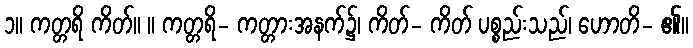
၁။ ကတ္တရိ ကိတ်။ ။ ကတ္တရိ- ကတ္တားအနက်၌၊ ကိတ်- ကိတ် ပစ္စည်းသည်၊ ဟောတိ- ၏။